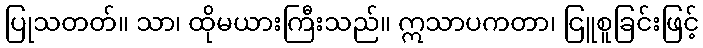
ပြုသတတ်။ သာ၊ ထိုမယားကြီးသည်။ ဣသာပကတာ၊ ငြူစူခြင်းဖြင့်